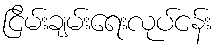
ငြိမ်းချမ်းရေးလုပ်ငန်း